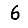
Digit: 6